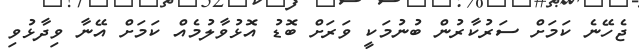
ޖެހޭނެ ކަމަށް ސަރުކާރުން ބުނުމަކީ ވަރަށް ބޮޑު އޮޅުވާލުމެއް ކަމަށް އޭނާ ވިދާޅުވި